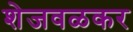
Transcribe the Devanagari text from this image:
शेजवळकर